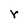
Character: r